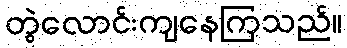
တွဲလောင်းကျနေကြသည်။